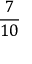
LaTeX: \frac { 7 } { 1 0 }